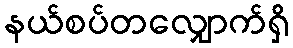
နယ်စပ်တလျှောက်ရှိ